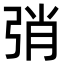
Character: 弰